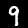
Label: 9